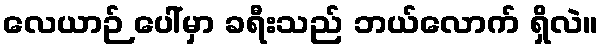
လေယာဉ် ပေါ်မှာ ခရီးသည် ဘယ်လောက် ရှိလဲ။